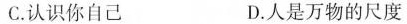
C.认识你自己 D.人是万物的尺度